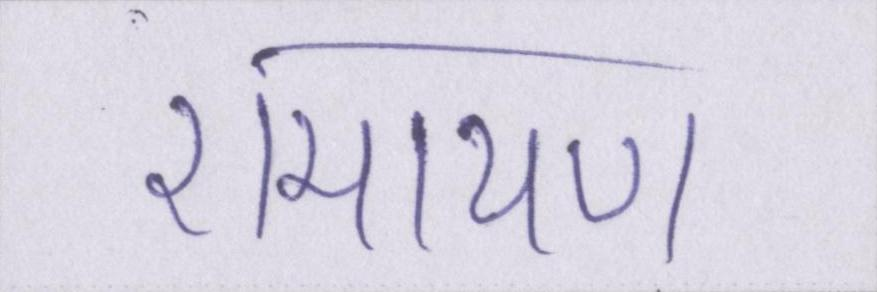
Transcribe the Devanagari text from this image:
रामायण